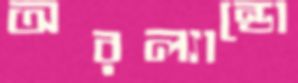
অরল্যান্ডো